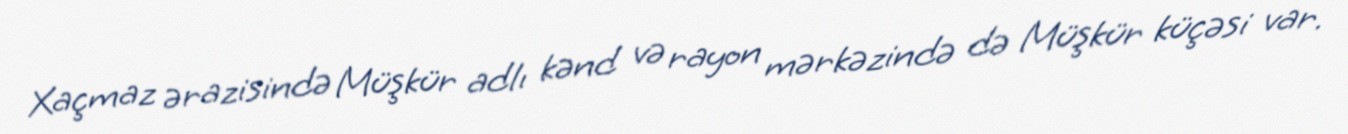
Xaçmaz ərazisində Müşkür adlı kənd və rayon mərkəzində də Müşkür küçəsi var.